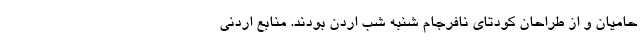
حامیان و از طراحان کودتای نافرجام شنبه شب اردن بودند. منابع اردنی